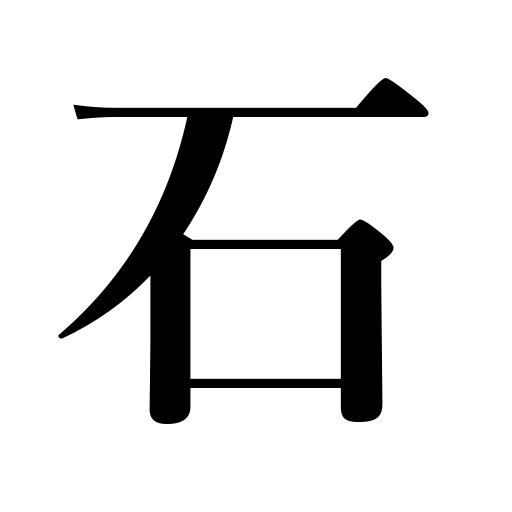
Meanings: pebble,jewel,stone,10 cubic feet of lumber,the go playing stones,rock,4.96 bushels